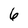
Character: 6